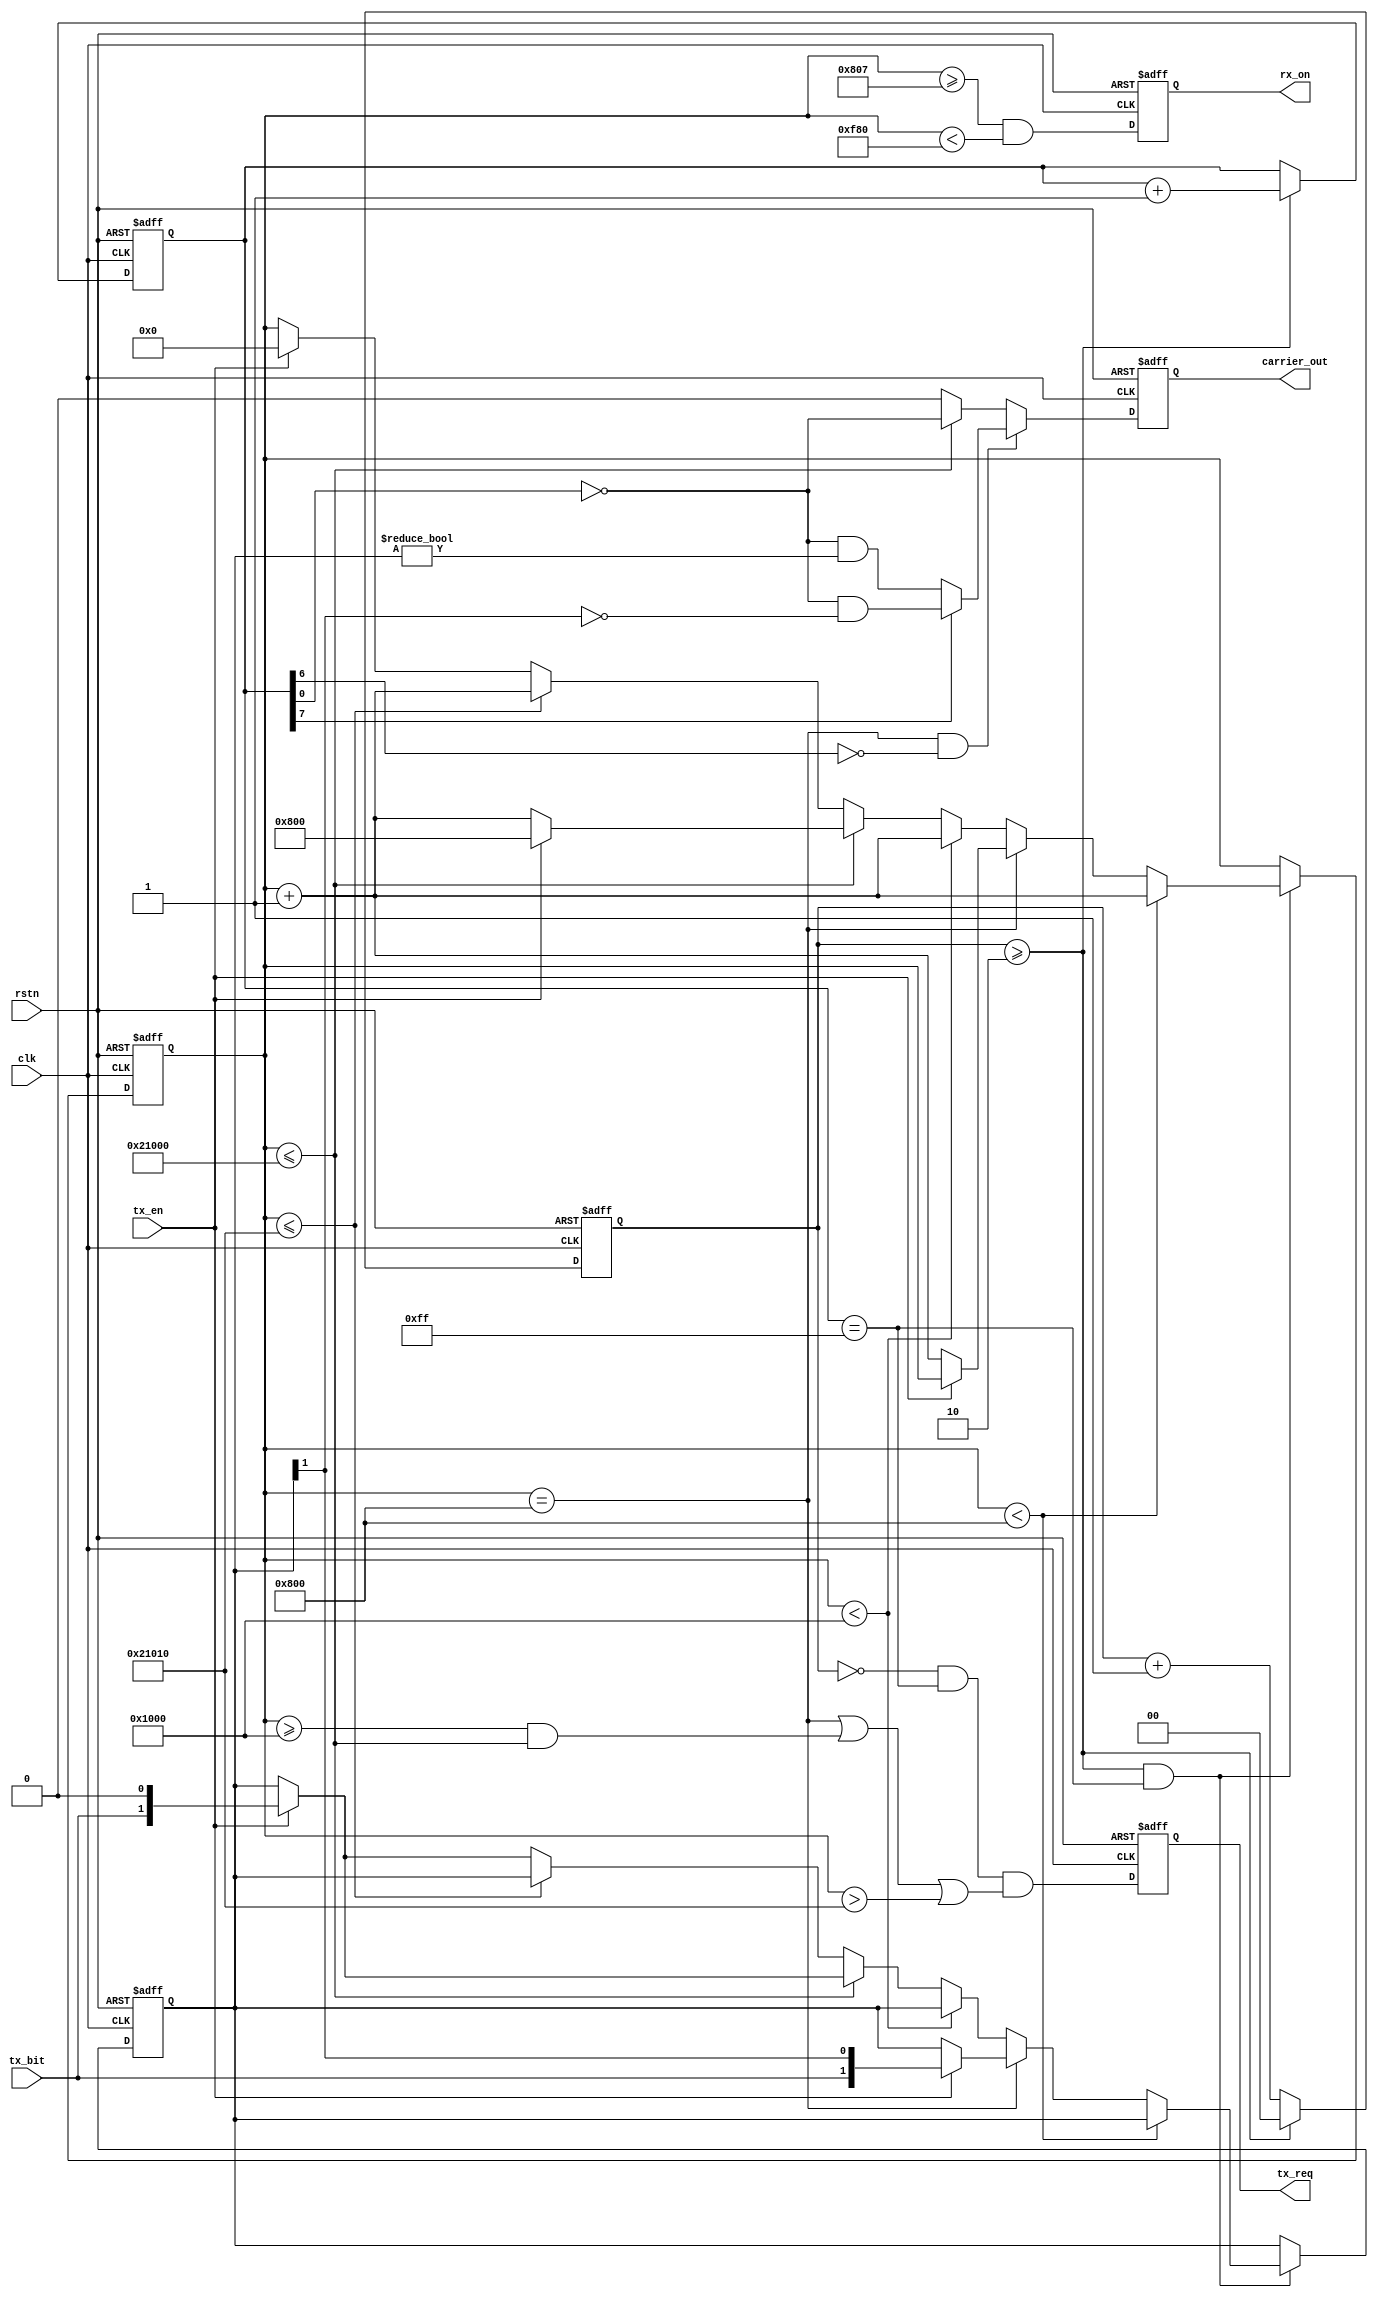
module nfca_tx_modulate (
    input rstn,
    input clk,          // required 81.36Mhz

    // tx bit modulate interface
    output reg tx_req, // to "nfca_tx_frame.v"
    input tx_en,
    input tx_bit,

    // RFID carrier output, connect to a NMOS transistor to drive the antenna coil
    output reg carrier_out,

    // 1:in RX window, 0:out of RX window
    output reg rx_on
);

localparam CARRIER_SETUP = 2048;            // 2kbit
localparam CARRIER_HOLD = 131072;           // 128kbit

initial tx_req = 1'b0;
initial carrier_out = 1'b0;
initial rx_on = 1'b0;

reg [ 1:0] clkcnt = 2'd0;                   // frequency division
reg [ 7:0] ccnt   = 8'd0;                   // 1-bit duration cnt
reg [31:0] wcnt   = 32'hFFFFFFFF;           // bits cnt
reg [ 1:0] bdata  = 2'd0;                   // future bit ---> {current bit, past bit}

// division and bit cnt
always @(posedge clk or negedge rstn)
    if(~rstn) begin
        clkcnt <= 2'd0;
        ccnt   <= 8'd0;
    end else begin
        if(clkcnt >= 2'd2) begin
            clkcnt <= 2'd0;
            ccnt <= ccnt + 8'h01;
        end else begin
            clkcnt <= clkcnt + 2'd1;
        end
    end

// tx_req
always @(posedge clk or negedge rstn)
    if(~rstn)
        tx_req <= 1'b0;
    else
        tx_req <= clkcnt == 2'h0 && ccnt == 8'hff && (wcnt == CARRIER_SETUP || wcnt >= CARRIER_SETUP*2 && wcnt <= CARRIER_SETUP*2 + CARRIER_HOLD || wcnt > CARRIER_SETUP*2 + CARRIER_HOLD + 16);

// wcnt
always @(posedge clk or negedge rstn)
    if(~rstn) begin
        wcnt <= 32'hFFFFFFFF;
        bdata <= 2'd0;
    end else begin
        if(clkcnt >= 2'd2 && ccnt == 8'hff) begin // when a bit duration is fullfilled
            if          (wcnt < CARRIER_SETUP) begin
                wcnt <= wcnt + 1;
            end else if (wcnt == CARRIER_SETUP) begin
                if(tx_en) begin
                    bdata <= {tx_bit, bdata[1]};
                end else begin
                    wcnt <= wcnt + 1;
                end
            end else if (wcnt < CARRIER_SETUP*2) begin
                wcnt <= wcnt + 1;
            end else if (wcnt <= CARRIER_SETUP*2 + CARRIER_HOLD) begin // at the time between [CARRIER_SETUP*2, CARRIER_SETUP*2 + CARRIER_HOLD]
                if(tx_en) begin                                    // once tx_en == 1'b1 
                    wcnt <= CARRIER_SETUP;                         // wcnt is assigned to CARRIER_SETUP
                    bdata <= {tx_bit, 1'b0};                       // bdata is assigned to a reset value which bdata[0] is '0' and bdata[1] is tx_bit
                end else
                    wcnt <= wcnt + 1;
            end else if (wcnt <= CARRIER_SETUP*2 + CARRIER_HOLD + 16) begin // CARRIER_SETUP*2 + CARRIER_HOLD + 16 = 4096 + 131072 + 16 = 135184 bit duration, 135.184kbit / 105.9375kbit/s ~= 1.276s
                wcnt <= wcnt + 1;
            end else if (tx_en) begin
                wcnt <= 0;
                bdata <= {tx_bit, 1'b0};
            end
        end
    end

// carrier_out
always @(posedge clk or negedge rstn)
    if(~rstn) begin
        carrier_out <= 1'b0;
    end else begin
        if      (wcnt == CARRIER_SETUP && ~ccnt[6]) begin       // ccnt[6] == 0 means first 1/4 bit duration in two 1/2 bit duration
            if(ccnt[7])                                         // SECOND half of the bit duration
                carrier_out <= ~ccnt[0] && bdata[1] == 1'b0;    // if current bit == 1'b0, don't need modulation; if current bit == 1'b1, get a sequence X.
            else                                                // FIRST half of the bit duration
                carrier_out <= ~ccnt[0] && bdata[1:0] != 2'b00; // if bdata != 2'd00, means NOT two consecutive zeros, keep no modulation; if bdata != 2'd00, means current and past are all zeros, current modulation must be sequence Z.
        end else if (wcnt <= CARRIER_SETUP*2 + CARRIER_HOLD) begin
            carrier_out <= ~ccnt[0];                            // carrier_out without modulation, bigin with 1
        end else begin                                          // wcnt > CARRIER_SETUP*2 + CARRIER_HOLD
            carrier_out <= 1'b0;                                // close carrier_out
        end                           
    end

//  rx_on
always @(posedge clk or negedge rstn)
    if(~rstn)
        rx_on <= 1'b0;
    else
        rx_on <= wcnt >= CARRIER_SETUP + 7 && wcnt < CARRIER_SETUP*2 - 128;
endmodule